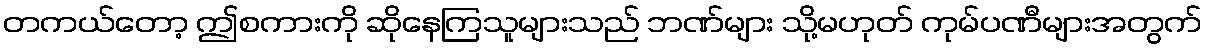
တကယ်တော့ ဤစကားကို ဆိုနေကြသူများသည် ဘဏ်များ သို့မဟုတ် ကုမ်ပဏီများအတွက်